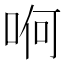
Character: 哬